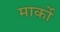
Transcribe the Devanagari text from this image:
मार्को